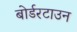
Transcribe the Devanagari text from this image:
बोर्डरटाउन